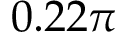
0 . 2 2 \pi